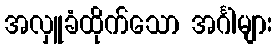
အလှူခံထိုက်သော အင်္ဂါများ